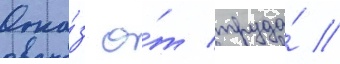
Отка́з о́т труда́ //